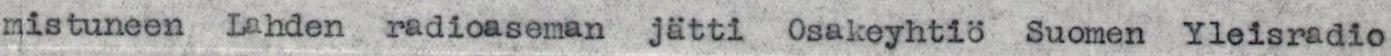
mistuneen Lahden radioaseman jätti  Osakeyhtiö Suomen Yleisradio